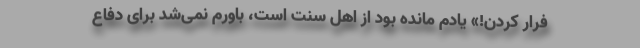
فرار کردن!» یادم مانده بود از اهل سنت است، باورم نمی‌شد برای دفاع